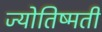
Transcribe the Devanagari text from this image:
ज्योतिष्मती